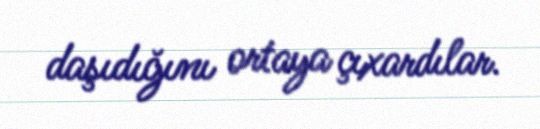
daşıdığını ortaya çıxardılar.